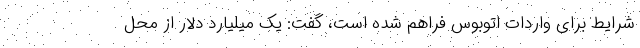
شرایط برای واردات اتوبوس فراهم شده است، گفت: یک میلیارد دلار از محل